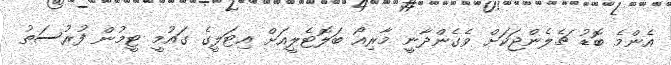
އެންމެ ބޮޑު ޗެލެންޖަކަށް ވެގެންދާނީ މާރިއޯ ބަލޮޓެލީއަށް އިޓަލީގެ ގައުމީ ޓީމުން ފުރުސަތު